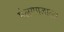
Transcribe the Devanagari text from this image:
मंलगगडाला